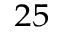
_ { 2 5 }